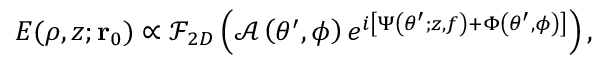
\begin{array} { r } { E ( \rho , z ; \mathbf { r } _ { 0 } ) \propto \mathcal { F } _ { 2 D } \left( \mathcal { A } \left( \theta ^ { \prime } , \phi \right) e ^ { i \left[ \Psi \left( \theta ^ { \prime } ; z , f \right) + \Phi \left( \theta ^ { \prime } , \phi \right) \right] } \right) , } \end{array}